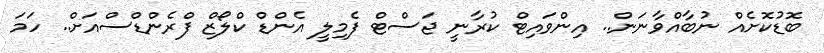
ބޮޑުކޮށެއް ނުބާއްވާނަން.. އިންވައިޓް ކުރާނީ ޖަސްޓް ފެމިލީ އެންޑް ކްލޯޒް ފްރެންޑްސްއަށް.. ހަމަ